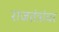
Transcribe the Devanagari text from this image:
राजतंत्रांवर